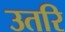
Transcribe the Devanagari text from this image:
उतरि